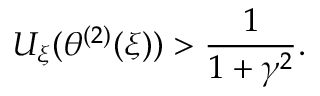
U _ { \xi } ( \theta ^ { ( 2 ) } ( \xi ) ) > \frac { 1 } { 1 + \gamma ^ { 2 } } .